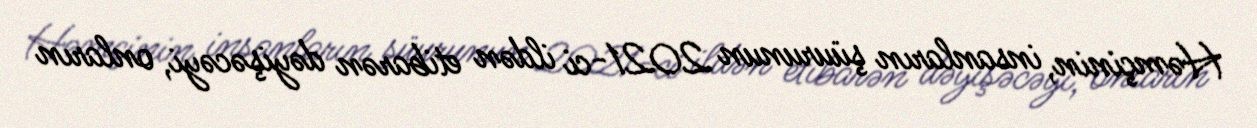
Həmçinin, insanların şüurunun 2021-ci ildən etibarən dəyişəcəyi, onların